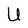
Character: U